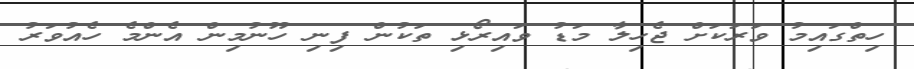
ހިތްގައިމު ވަރަކަށް ޖެހިލާ މަޑު ވައިރޯޅި ތަކުން ފިނި ހޫނުމިން އެންމެ ހެއުވަރު